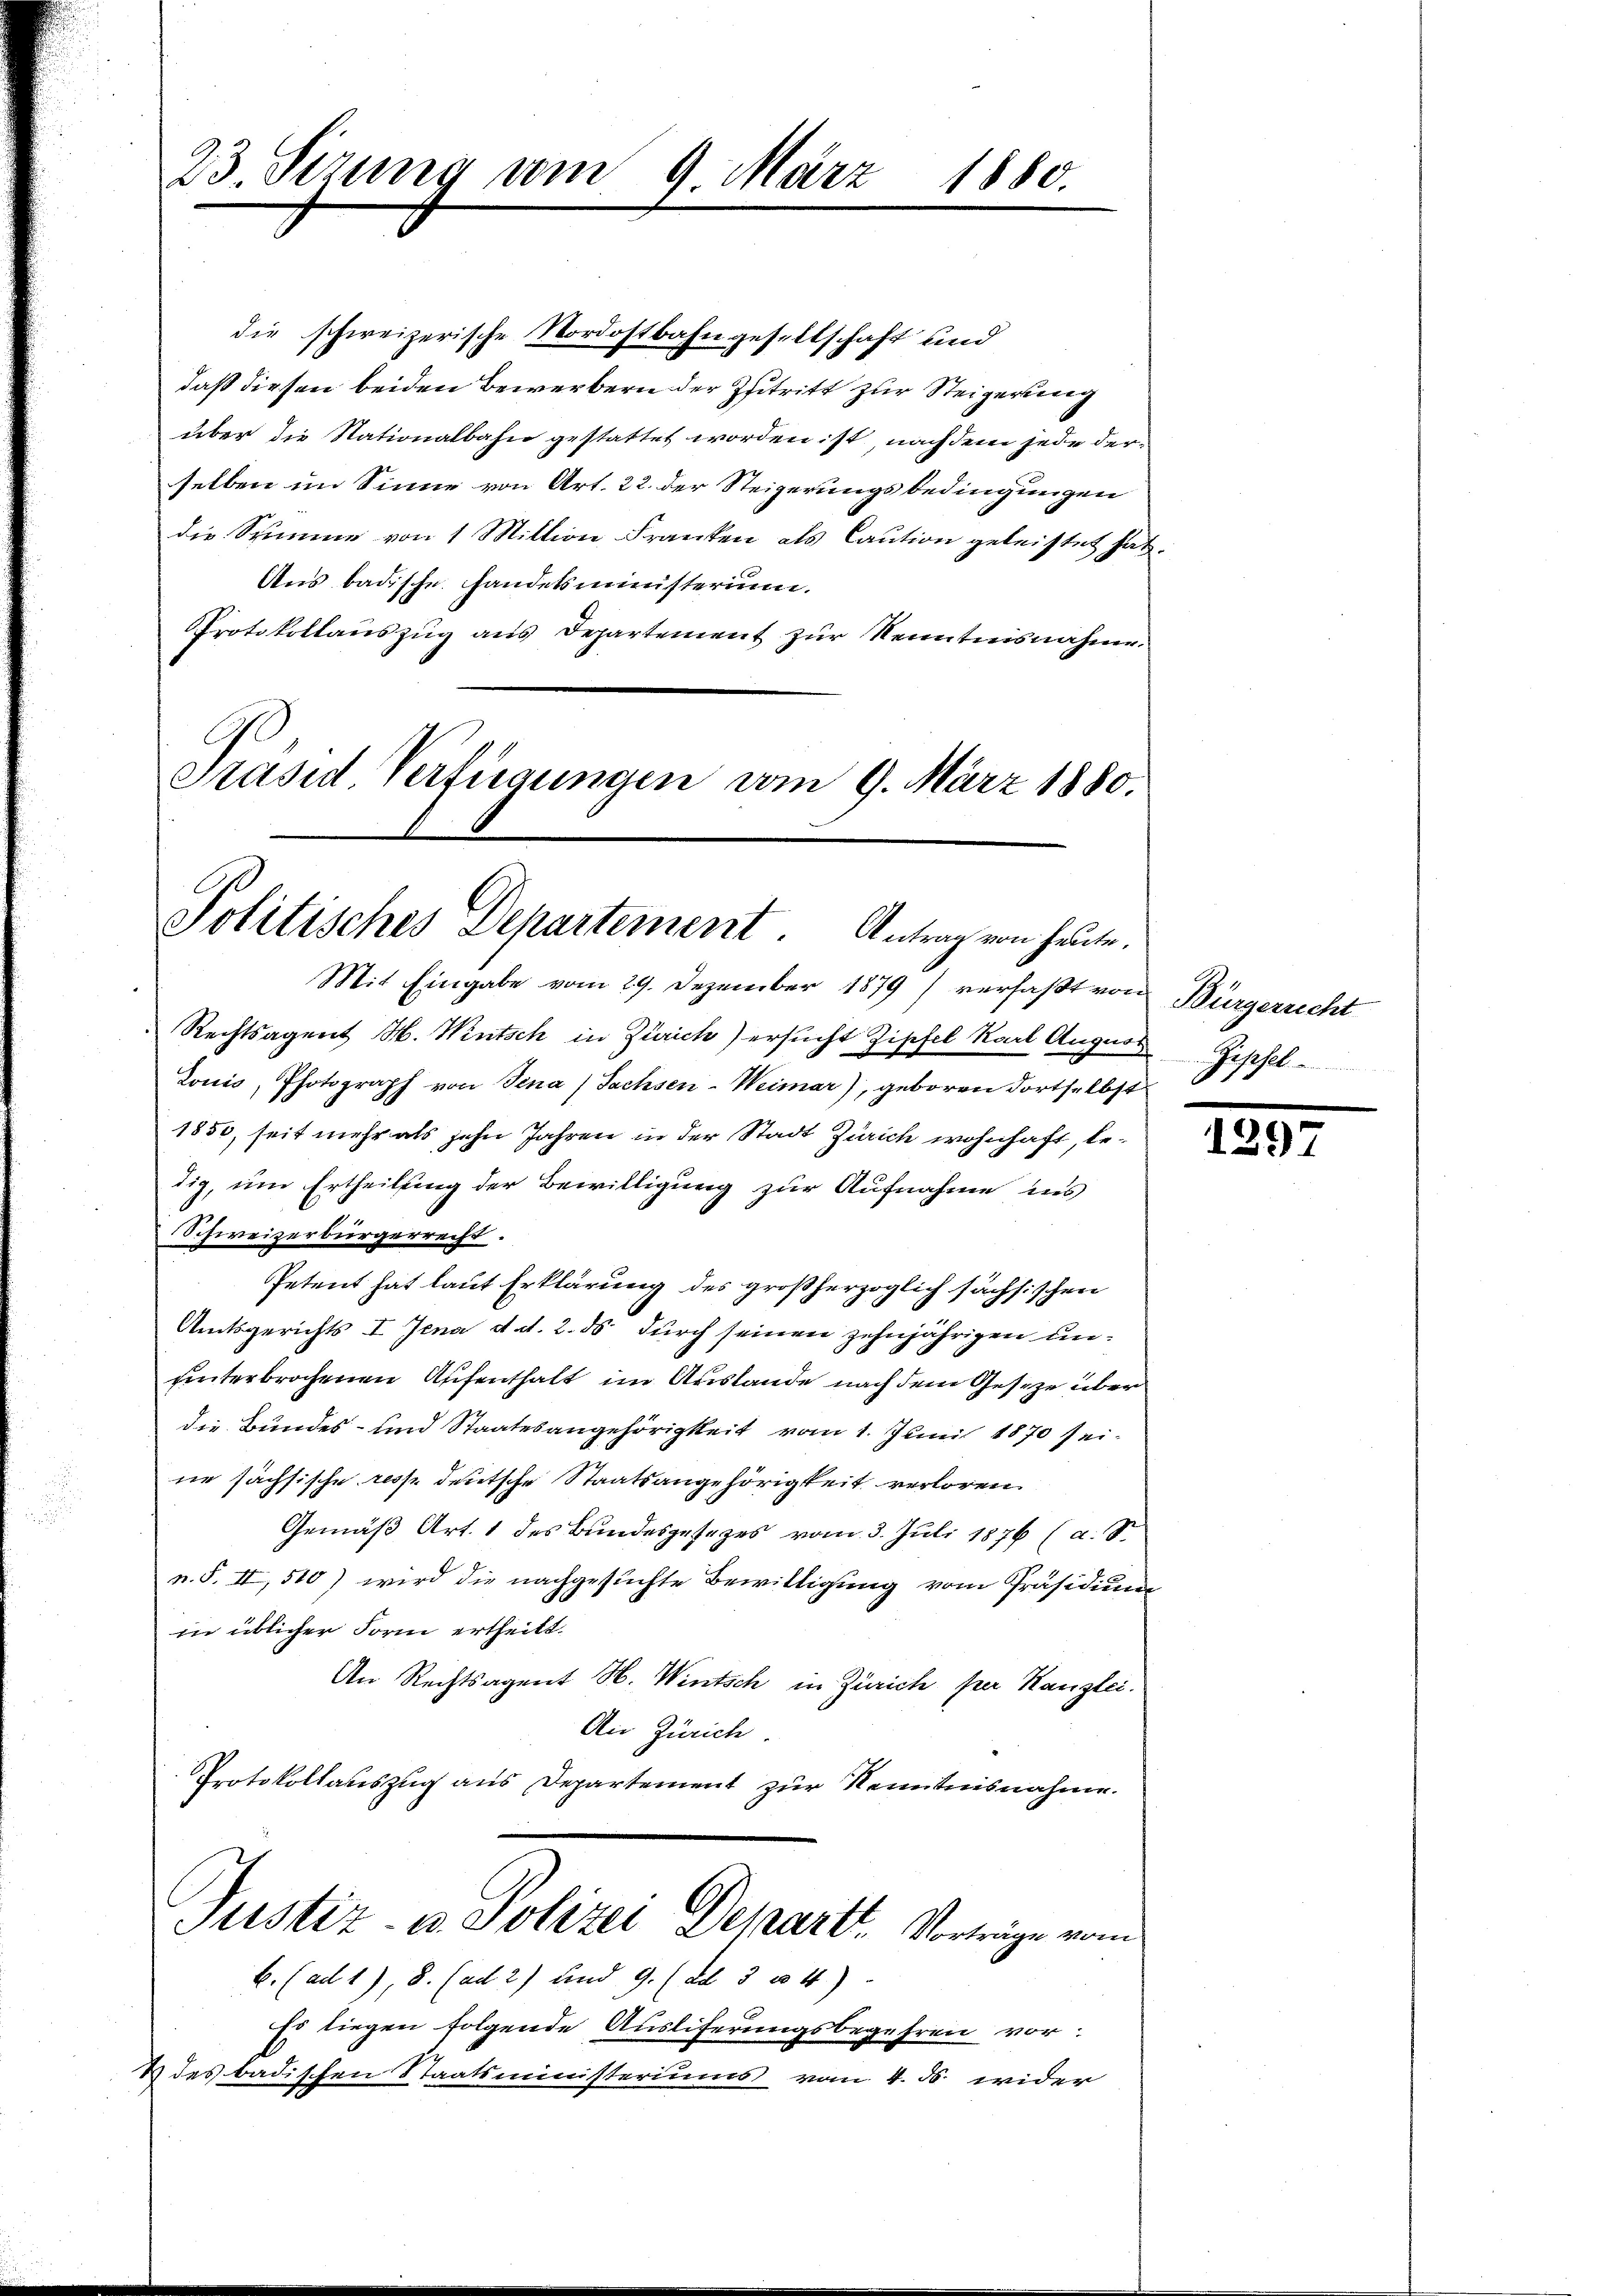
23. Sizung vom 9. März 1880.

die schweizerische Nordostbahngesellschaft und
daß diesen beiden Bewerbern der Zutritt zur Steigerung
über die Stationalbahn gestattet worden ist, nach dem jede derselben im Sinne von Art. 22. der Steigerungsbedingungen
die Stimme von 1 Mittin Franken als Caution geleistet hat
Aus badische Handelsministerium.
Protokollauszug aus Departement zur Kenntnisnahme.
Präsid Verfügungen vom 9. März 1880.

Politisches Departement. Antrag von heute.
Mit Eingabe vom 29. Dezember 1879) verfaßt von Bürgerrecht

Rechtsagent M. Wintsch in Zürich) ersucht Zipfel Karl August
Lonis, Photograph von Jena Sachsen-Weimar), geboren Fortselbst
1850, seit mehr als zehn Jahren in der Stadt Zürich wohnhaft, bedig, um Ertheilung der Bewilligung zur Aufnahme ins
Schweizerbürgerrecht.
Petent hat laut Erklärung des großherzoglich sächsischen
Amtsgerichts I Jena d. d. 2. ds. durch seinen zehnjährigen dieunterbrochenen Aufenthalt im Auslande nach dem Gesetze über
die Bundes- und Staatesangehörigkeit vom 1. Juni 1870 seine sächsische resse deutsche Staatsangehörigkeit verloren
Gemäß Art. 1 des Bundesgesetzes vom 3. Juli 1876 (a.
v.S. II, 510) wird die nachgesuchte Bewilligung vom Präsidium
in üblicher Form ertheilt.
An Rechtsagent N. Wintsch in Zürich per Kanzlei.
An Zürich
Protokollauszug aus Departement zur Kenntnisnahme.
Justiz- u Polizei Departt. Vorträge vom
C. (ad 1), 8. (ad 2) und 9. (Ad 3 n 4)
Es liegen folgende Ausliferungsbegehren vor
& des badischen Staatsministeriums vom 4. ds. wider

Geschl
.

1292